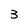
Character: 3